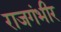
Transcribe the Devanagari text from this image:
राजगंभीर